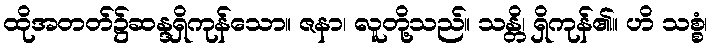
ထိုအတတ်၌ဆန္ဒရှိကုန်သော။ ဇနာ၊ လူတို့သည်။ သန္တိ၊ ရှိကုန်၏။ ဟိ သစ္စံ၊